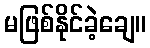
မဖြစ်နိုင်ခဲ့ချေ။